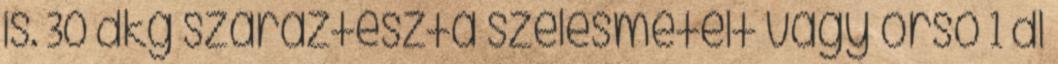
is. 30 dkg száraztészta szélesmetélt vagy orsó 1 dl